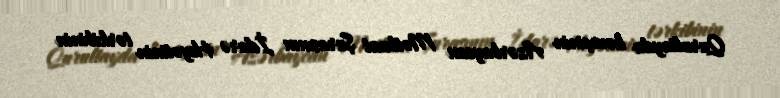
Qurultayda həmçinin Azərbaycan Mətbuat Şurasının İdarə Heyətinin tərkibinin